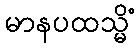
မာနပထသ္မိံ